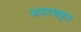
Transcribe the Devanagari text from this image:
जयरथकृत